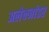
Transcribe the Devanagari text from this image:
अलेक्जांडर